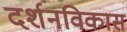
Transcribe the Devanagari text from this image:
दर्शनविकास